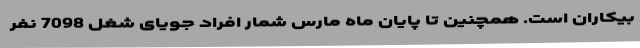
بیکاران است. همچنین تا پایان ماه مارس شمار افراد جویای شغل 7098 نفر